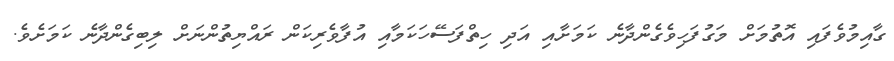
ގާއިމުވެފައި އޮތުމަށް މަގުފަހިވެގެންދާނެ ކަމަށާއި އަދި ހިތްފަސޭހަކަމާއި އުފާވެރިކަން ރައްޔިތުންނަށް ލިބިގެންދާނެ ކަމަށެވެ.